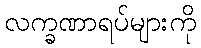
လက္ခဏာရပ်များကို